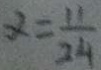
\alpha = \frac { 1 1 } { 2 4 }